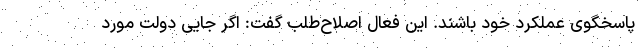
پاسخگوی عملکرد خود باشند. این فعال اصلاح‌طلب گفت: اگر جایی دولت مورد